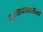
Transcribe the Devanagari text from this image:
तुसड्यासारखा